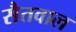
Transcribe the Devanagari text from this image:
सैतवाल